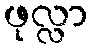
ဖုလ္လာ